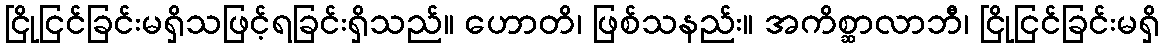
ငြိုငြင်ခြင်းမရှိသဖြင့်ရခြင်းရှိသည်။ ဟောတိ၊ ဖြစ်သနည်း။ အကိစ္ဆာလာဘီ၊ ငြိုငြင်ခြင်းမရှိ